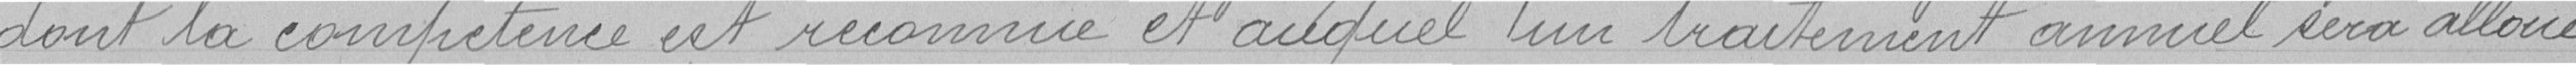
dont la compétence est reconnu et auquel un traitement annuel sera alloué